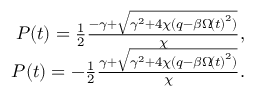
\begin{array} { r } { P \! \left( t \right) = \frac { 1 } { 2 } \frac { - \gamma + \sqrt { \gamma ^ { 2 } + 4 \chi ( q - \beta \Omega \! \left( t \right) ^ { 2 } ) } } { \chi } , } \\ { P \! \left( t \right) = - \frac { 1 } { 2 } \frac { \gamma + \sqrt { \gamma ^ { 2 } + 4 \chi ( q - \beta \Omega \! \left( t \right) ^ { 2 } ) } } { \chi } . } \end{array}